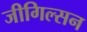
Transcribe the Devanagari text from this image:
जीगिल्सन